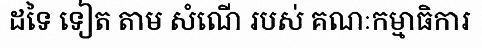
ដទៃ ទៀត តាម សំណើ របស់ គណៈកម្មាធិការ